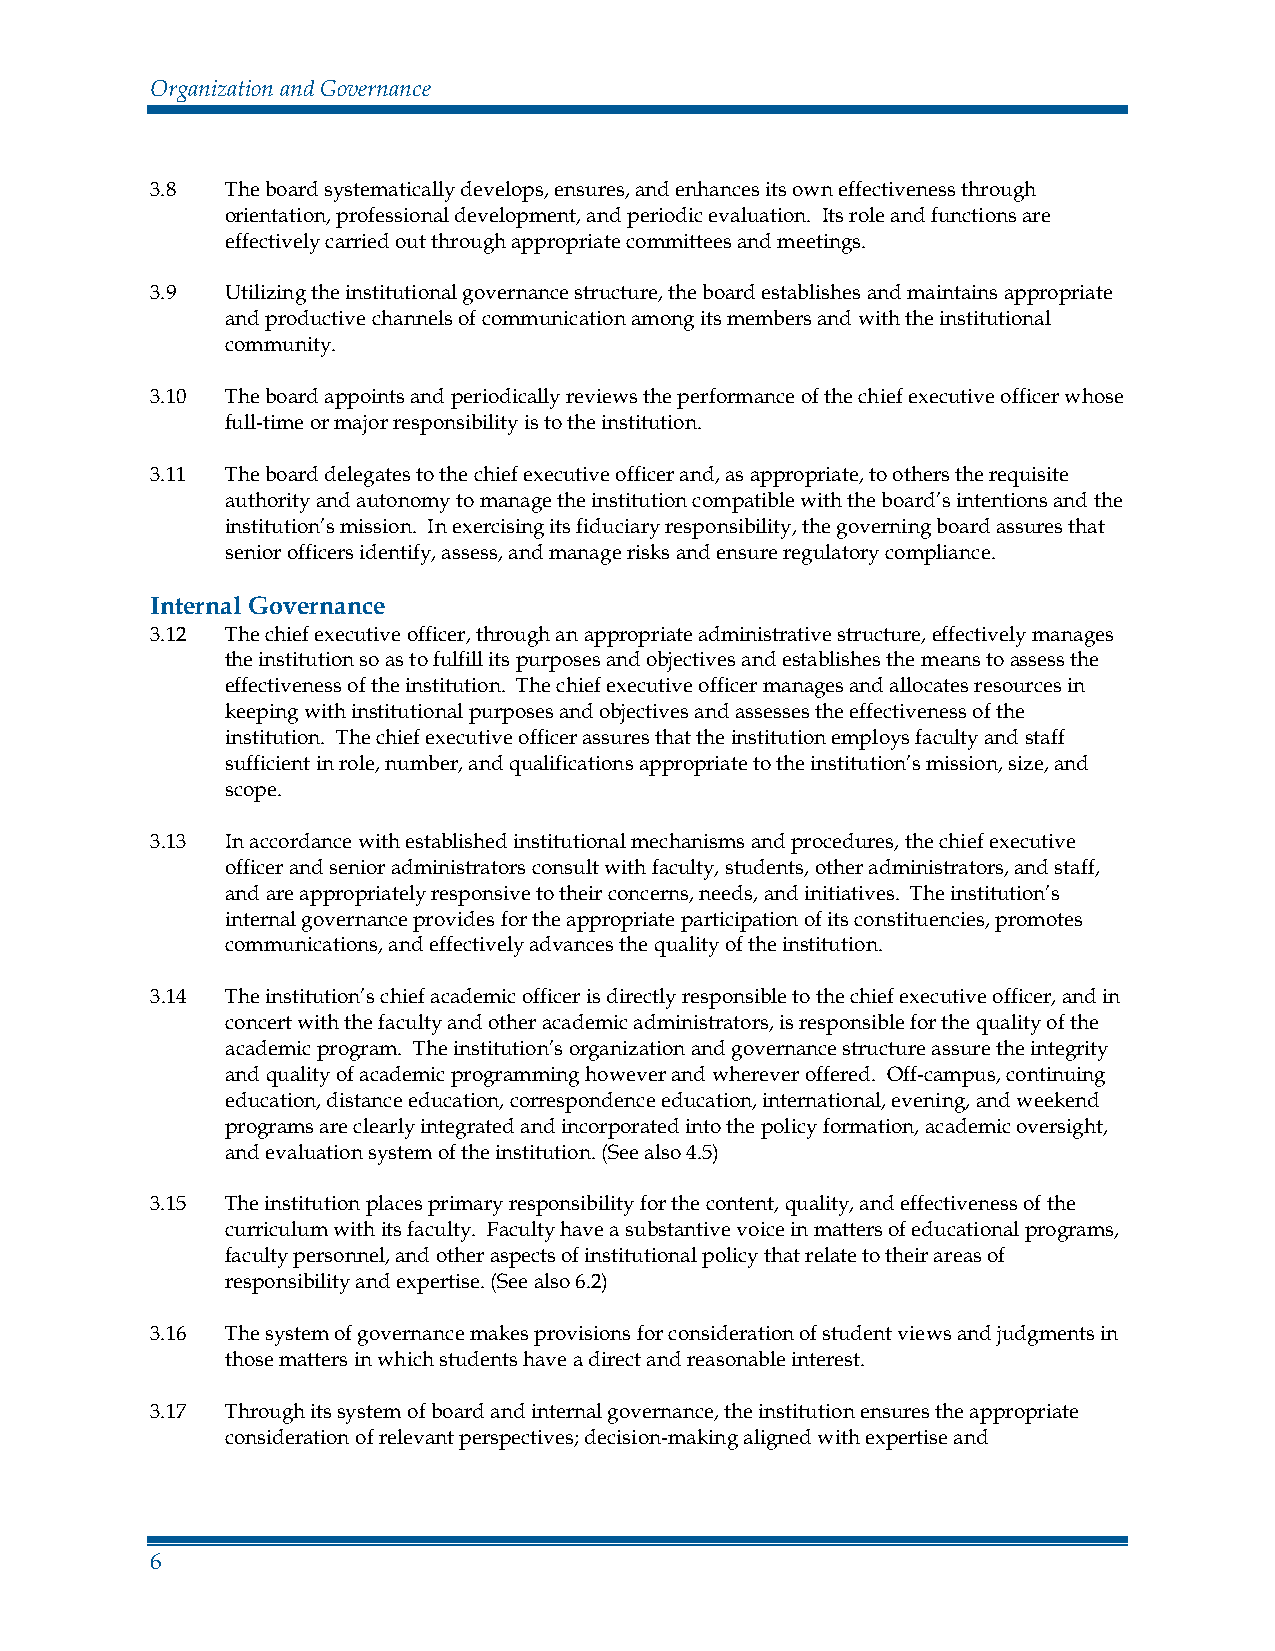
Organization and Governance
 3.8  The board systematically develops, ensures, and enhances its own effectiveness through
 orientation, professional development, and periodic evaluation. Its role and functions are
 effectively carried out through appropriate committees and meetings.
 3.9  Utilizing the institutional governance structure, the board establishes and maintains appropriate
 and productive channels of communication among its members and with the institutional
 community.
 3.10 The board appoints and periodically reviews the performance of the chief executive officer whose
 full-time or major responsibility is to the institution.
 3.11 The board delegates to the chief executive officer and, as appropriate, to others the requisite
 authority and autonomy to manage the institution compatible with the board’s intentions and the
 institution’s mission. In exercising its fiduciary responsibility, the governing board assures that
 senior officers identify, assess, and manage risks and ensure regulatory compliance.
 Internal Governance
 3.12 The chief executive officer, through an appropriate administrative structure, effectively manages
 the institution so as to fulfill its purposes and objectives and establishes the means to assess the
 effectiveness of the institution. The chief executive officer manages and allocates resources in
 keeping with institutional purposes and objectives and assesses the effectiveness of the
 institution. The chief executive officer assures that the institution employs faculty and staff
 sufficient in role, number, and qualifications appropriate to the institution’s mission, size, and
 scope.
 3.13 In accordance with established institutional mechanisms and procedures, the chief executive
 officer and senior administrators consult with faculty, students, other administrators, and staff,
 and are appropriately responsive to their concerns, needs, and initiatives. The institution’s
 internal governance provides for the appropriate participation of its constituencies, promotes
 communications, and effectively advances the quality of the institution.
 3.14 The institution’s chief academic officer is directly responsible to the chief executive officer, and in
 concert with the faculty and other academic administrators, is responsible for the quality of the
 academic program. The institution’s organization and governance structure assure the integrity
 and quality of academic programming however and wherever offered. Off-campus, continuing
 education, distance education, correspondence education, international, evening, and weekend
 programs are clearly integrated and incorporated into the policy formation, academic oversight,
 and evaluation system of the institution. (See also 4.5)
 3.15 The institution places primary responsibility for the content, quality, and effectiveness of the
 curriculum with its faculty. Faculty have a substantive voice in matters of educational programs,
 faculty personnel, and other aspects of institutional policy that relate to their areas of
 responsibility and expertise. (See also 6.2)
 3.16 The system of governance makes provisions for consideration of student views and judgments in
 those matters in which students have a direct and reasonable interest.
 3.17 Through its system of board and internal governance, the institution ensures the appropriate
 consideration of relevant perspectives; decision-making aligned with expertise and
 6